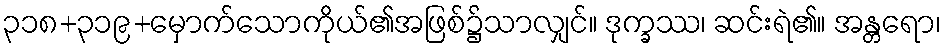
၃၁၈+၃၁၉+မှောက်သောကိုယ်၏အဖြစ်၌သာလျှင်။ ဒုက္ခဿ၊ ဆင်းရဲ၏။ အန္တရော၊